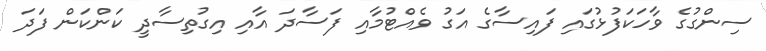
ސިންގުގެ ވާހަކަފުޅުގައި ފައިސާގެ އަގު ވެއްޓުމާއި ފަސާދަ އާއި އިގުތިސާދީ ކަންކަން ފަދަ